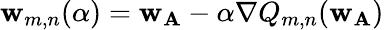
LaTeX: \mathbf{w}_{m,n}(\alpha)=\mathbf{w}_{\textbf{A}}-\alpha\nabla Q_{m,n}(\mathbf{w}_{\textbf{A}})